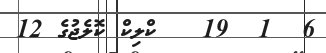
6  1  19   ކްލިކް ކޮލެޖުގެ 12